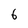
Character: 6